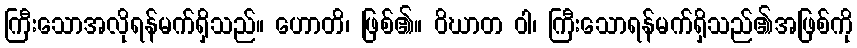
ကြီးသောအလိုရန်မက်ရှိသည်။ ဟောတိ၊ ဖြစ်၏။ ဝိဃာတ ဝါ၊ ကြီးသောရန်မက်ရှိသည်၏အဖြစ်ကို